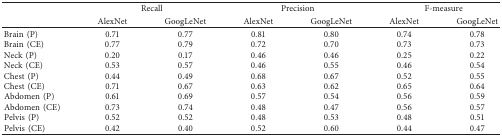
| <ROWSPAN=2>  | <COLSPAN=2> Recall | <COLSPAN=2> Precision | <COLSPAN=2> F-measure |
 | AlexNet | GoogLeNet | AlexNet | GoogLeNet | AlexNet | GoogLeNet |
 | --- | --- | --- | --- | --- | --- | --- |
 | Brain (P) | 0.71 | 0.77 | 0.81 | 0.80 | 0.74 | 0.78 |
 | Brain (CE) | 0.77 | 0.79 | 0.72 | 0.70 | 0.73 | 0.73 |
 | Neck (P) | 0.20 | 0.17 | 0.46 | 0.46 | 0.25 | 0.22 |
 | Neck (CE) | 0.53 | 0.57 | 0.46 | 0.55 | 0.46 | 0.54 |
 | Chest (P) | 0.44 | 0.49 | 0.68 | 0.67 | 0.52 | 0.55 |
 | Chest (CE) | 0.71 | 0.67 | 0.63 | 0.62 | 0.65 | 0.64 |
 | Abdomen (P) | 0.61 | 0.69 | 0.57 | 0.54 | 0.56 | 0.59 |
 | Abdomen (CE) | 0.73 | 0.74 | 0.48 | 0.47 | 0.56 | 0.57 |
 | Pelvis (P) | 0.52 | 0.52 | 0.48 | 0.53 | 0.48 | 0.51 |
 | Pelvis (CE) | 0.42 | 0.40 | 0.52 | 0.60 | 0.44 | 0.47 |